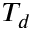
T _ { d }